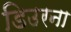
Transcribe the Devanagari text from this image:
डिउरना